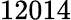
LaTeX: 12014